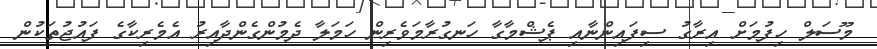
މޫސަލް ހިފުމަށް އިރާގު ސިފައިންނާއި ޕެޝްމާގާ ހަނގުރާމަވެރިން ހަމަލާ ދެމުންގެންދާއިރު އެމެރިކާގެ ފައުޖުތަކުން